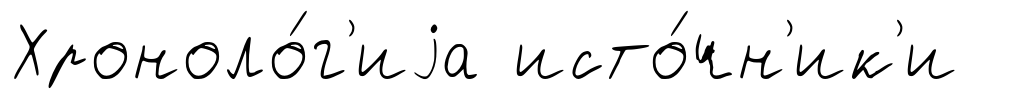
Хроноло́г'иjа исто́чн'ик'и